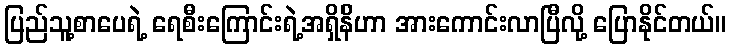
ပြည်သူ့စာပေရဲ့ ရေစီးကြောင်းရဲ့အရှိန်ိဟာ အားကောင်းလာပြီလို့ ပြောနိုင်တယ်။